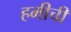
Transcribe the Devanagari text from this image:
हमीची